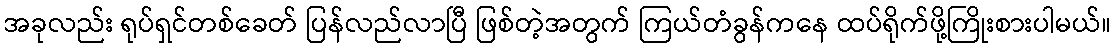
အခုလည်း ရုပ်ရှင်တစ်ခေတ် ပြန်လည်လာပြီ ဖြစ်တဲ့အတွက် ကြယ်တံခွန်ကနေ ထပ်ရိုက်ဖို့ကြိုးစားပါမယ်။